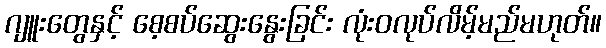
ဂျူးတွေနှင့် စေ့စပ်ဆွေးနွေးခြင်း လုံးဝလုပ်လိမ့်မည်မဟုတ်။